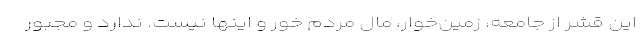
این قشر از جامعه، زمین‌خوار، مال مردم خور و اینها نیست. ندارد و مجبور